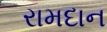
રામદાન